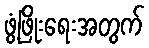
ဖွံ့ဖြိုးရေးအတွက်